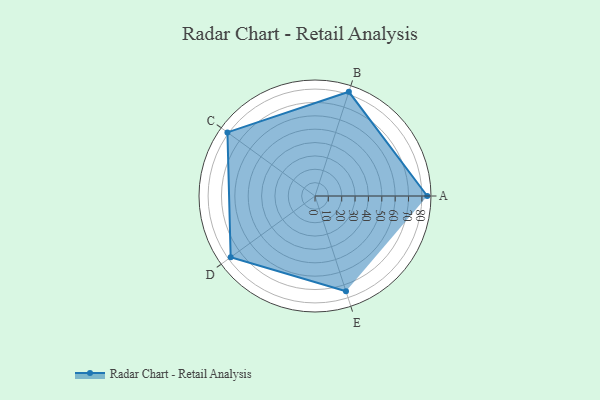
{"axis": {"x": "Skill", "y": "Score"}, "legend": ["Profile"], "data": [{"x": "A", "y": 84.0, "type": "Profile"}, {"x": "B", "y": 82.0, "type": "Profile"}, {"x": "C", "y": 81.0, "type": "Profile"}, {"x": "D", "y": 78.0, "type": "Profile"}, {"x": "E", "y": 75.0, "type": "Profile"}]}